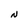
Character: N